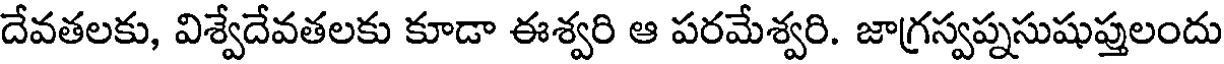
దేవతలకు, విశ్వేదేవతలకు కూడా ఈశ్వరి ఆ పరమేశ్వరి. జాగ్రస్వప్నసుషుప్తులందు